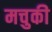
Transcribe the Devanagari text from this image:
मचुकी